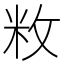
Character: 敉